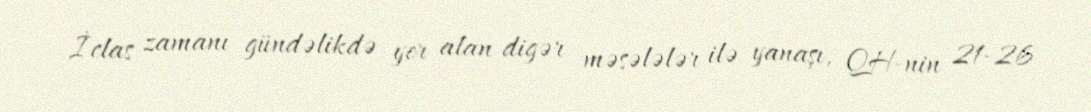
İclas zamanı gündəlikdə yer alan digər məsələlər ilə yanaşı, QH-nin 21-26